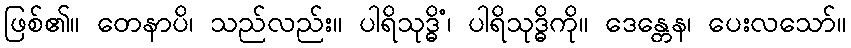
ဖြစ်၏။ တေနာပိ၊ သည်လည်း။ ပါရိသုဒ္ဓိံ၊ ပါရိသုဒ္ဓိကို။ ဒေန္တေန၊ ပေးလသော်။